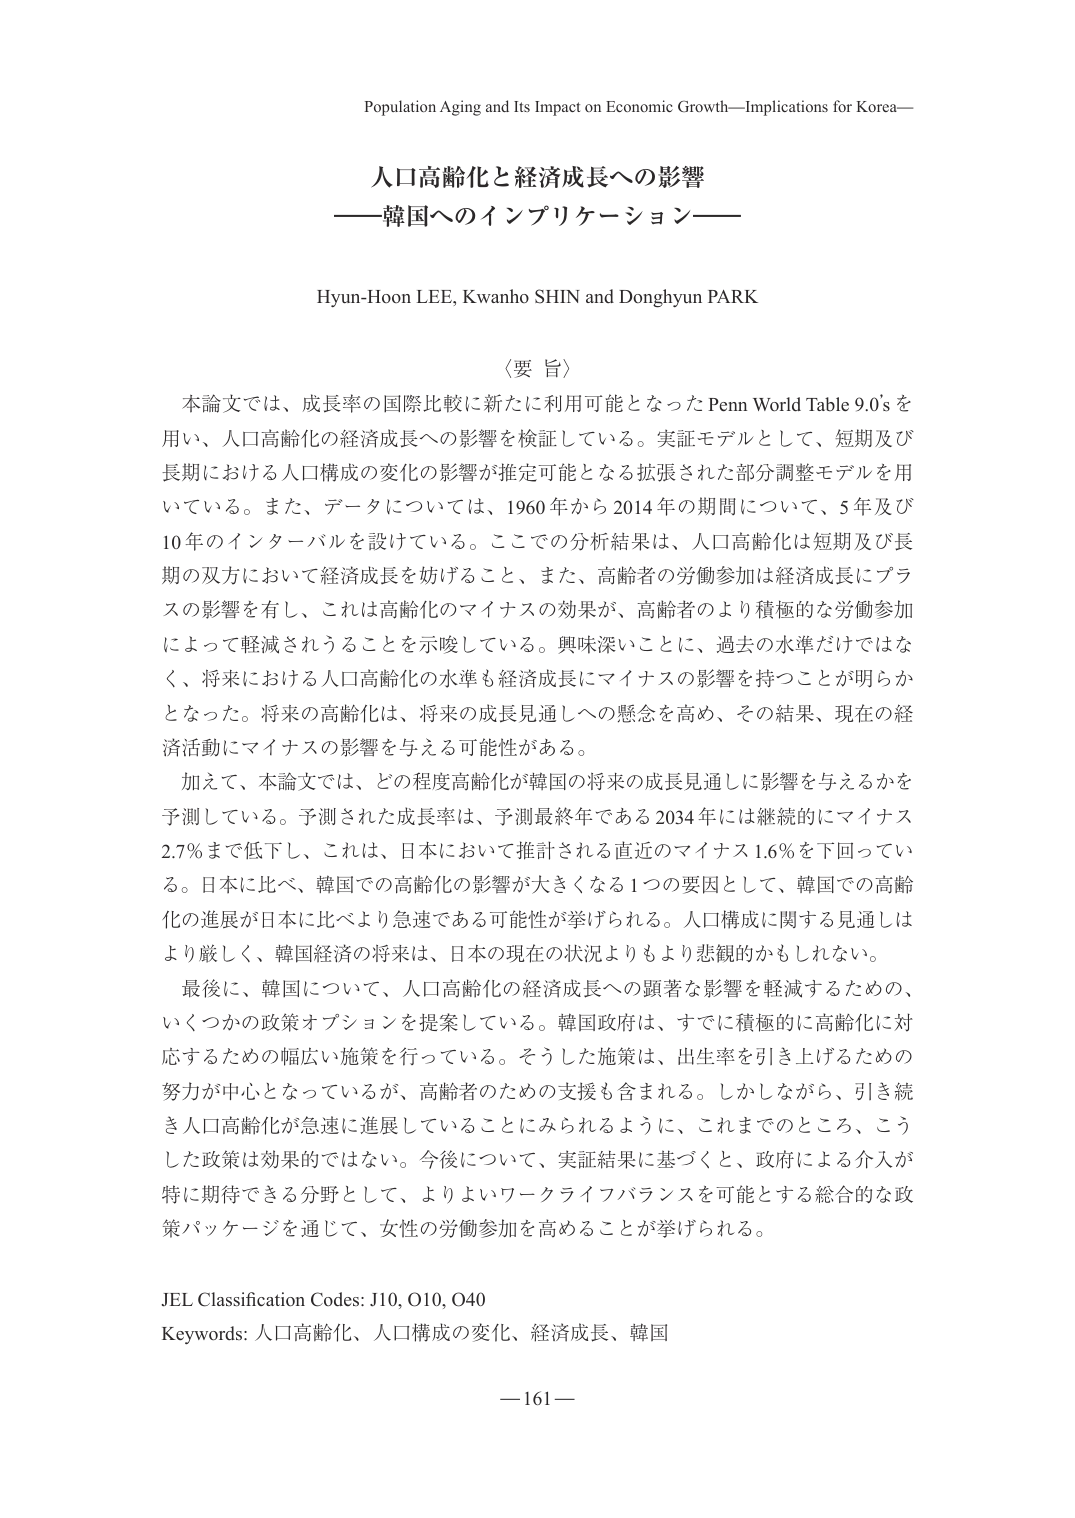
Population Aging and Its Impact on Economic Growth—Implications for Korea—

人口高齢化と経済成長への影響
——韓国へのインプリケーション——

Hyun-Hoon LEE, Kwanho SHIN and Donghyun PARK

（要 旨）

本論文では、成長率の国際比較に新たに利用可能となったPenn World Table 9.0'sを
用い、人口高齢化の経済成長への影響を検証している。実証モデルとして、短期及び
長期における人口構成の変化の影響が推定可能となる拡張された部分調整モデルを用
いている。また、データについては、1960年から2014年の期間について、5年及び
10年のインターバルを設けている。ここでの分析結果は、人口高齢化は短期及び長
期の双方において経済成長を妨げること、また、高齢者の労働参加は経済成長にプラ
スの影響を有し、これは高齢化のマイナスの効果が、高齢者のより積極的な労働参加
によって軽減されうることを示唆している。興味深いことに、過去の水準だけではな
く、将来における人口高齢化の水準も経済成長にマイナスの影響を持つことが明らか
となった。将来の高齢化は、将来の成長見通しへの懸念を高め、その結果、現在の経
済活動にマイナスの影響を与える可能性がある。

加えて、本論文では、どの程度高齢化が韓国の将来の成長見通しに影響を与えるかを
予測している。予測された成長率は、予測最終年である2034年には継続的にマイナス
2.7％まで低下し、これは、日本において推測される直近のマイナス1.6％を下回ってい
る。日本に比べ、韓国での高齢化の影響が大きくなる1つの要因として、韓国での高齢
化の進展が日本に比べより急速である可能性が挙げられる。人口構成に関する見通しは
より厳しく、韓国経済の将来は、日本の現在の状況よりもより悲観的かもしれない。

最後に、韓国について、人口高齢化の経済成長への顕著な影響を軽減するための、
いくつかの政策オプションを提案している。韓国政府は、すでに積極的に高齢化に対
応するための幅広い施策を行っている。そうした施策は、出生率を引き上げるための
努力が中心となっているが、高齢者のための支援も含まれる。しかしながら、引き続
き人口高齢化が急速に進展していることにみられるように、これまでのところ、こう
した政策は効果的ではない。今後について、実証結果に基づくと、政府による介入が
特に期待できる分野として、よりよいワークライフバランスを可能とする総合的な政
策パッケージを通じて、女性の労働参加を高めることが挙げられる。

JEL Classification Codes: J10, O10, O40
Keywords: 人口高齢化、人口構成の変化、経済成長、韓国

— 161 —